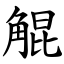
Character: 䚠